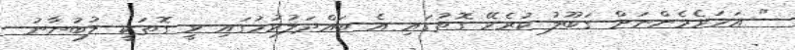
" އަހަރެމެންނަށް ގަބޫލު ކުރެވޭ ގޮތުގައި އެ ބައްދަލުވުމުގައި ވީ ގޮތަކީ ލުބުނާނު